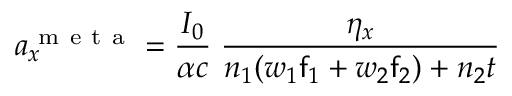
a _ { x } ^ { \mathrm { ~ m ~ e ~ t ~ a ~ } } = \frac { I _ { 0 } } { \alpha c } \; \frac { \eta _ { x } } { n _ { 1 } ( w _ { 1 } \mathsf { f } _ { 1 } + w _ { 2 } \mathsf { f } _ { 2 } ) + n _ { 2 } t }